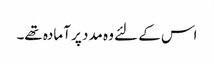
اس کے لئے وہ مدد پر آمادہ تھے۔